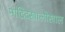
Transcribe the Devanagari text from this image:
माद्रिदखालोखाल